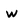
Character: w